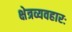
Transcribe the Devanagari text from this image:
क्षेत्रव्यवहारः